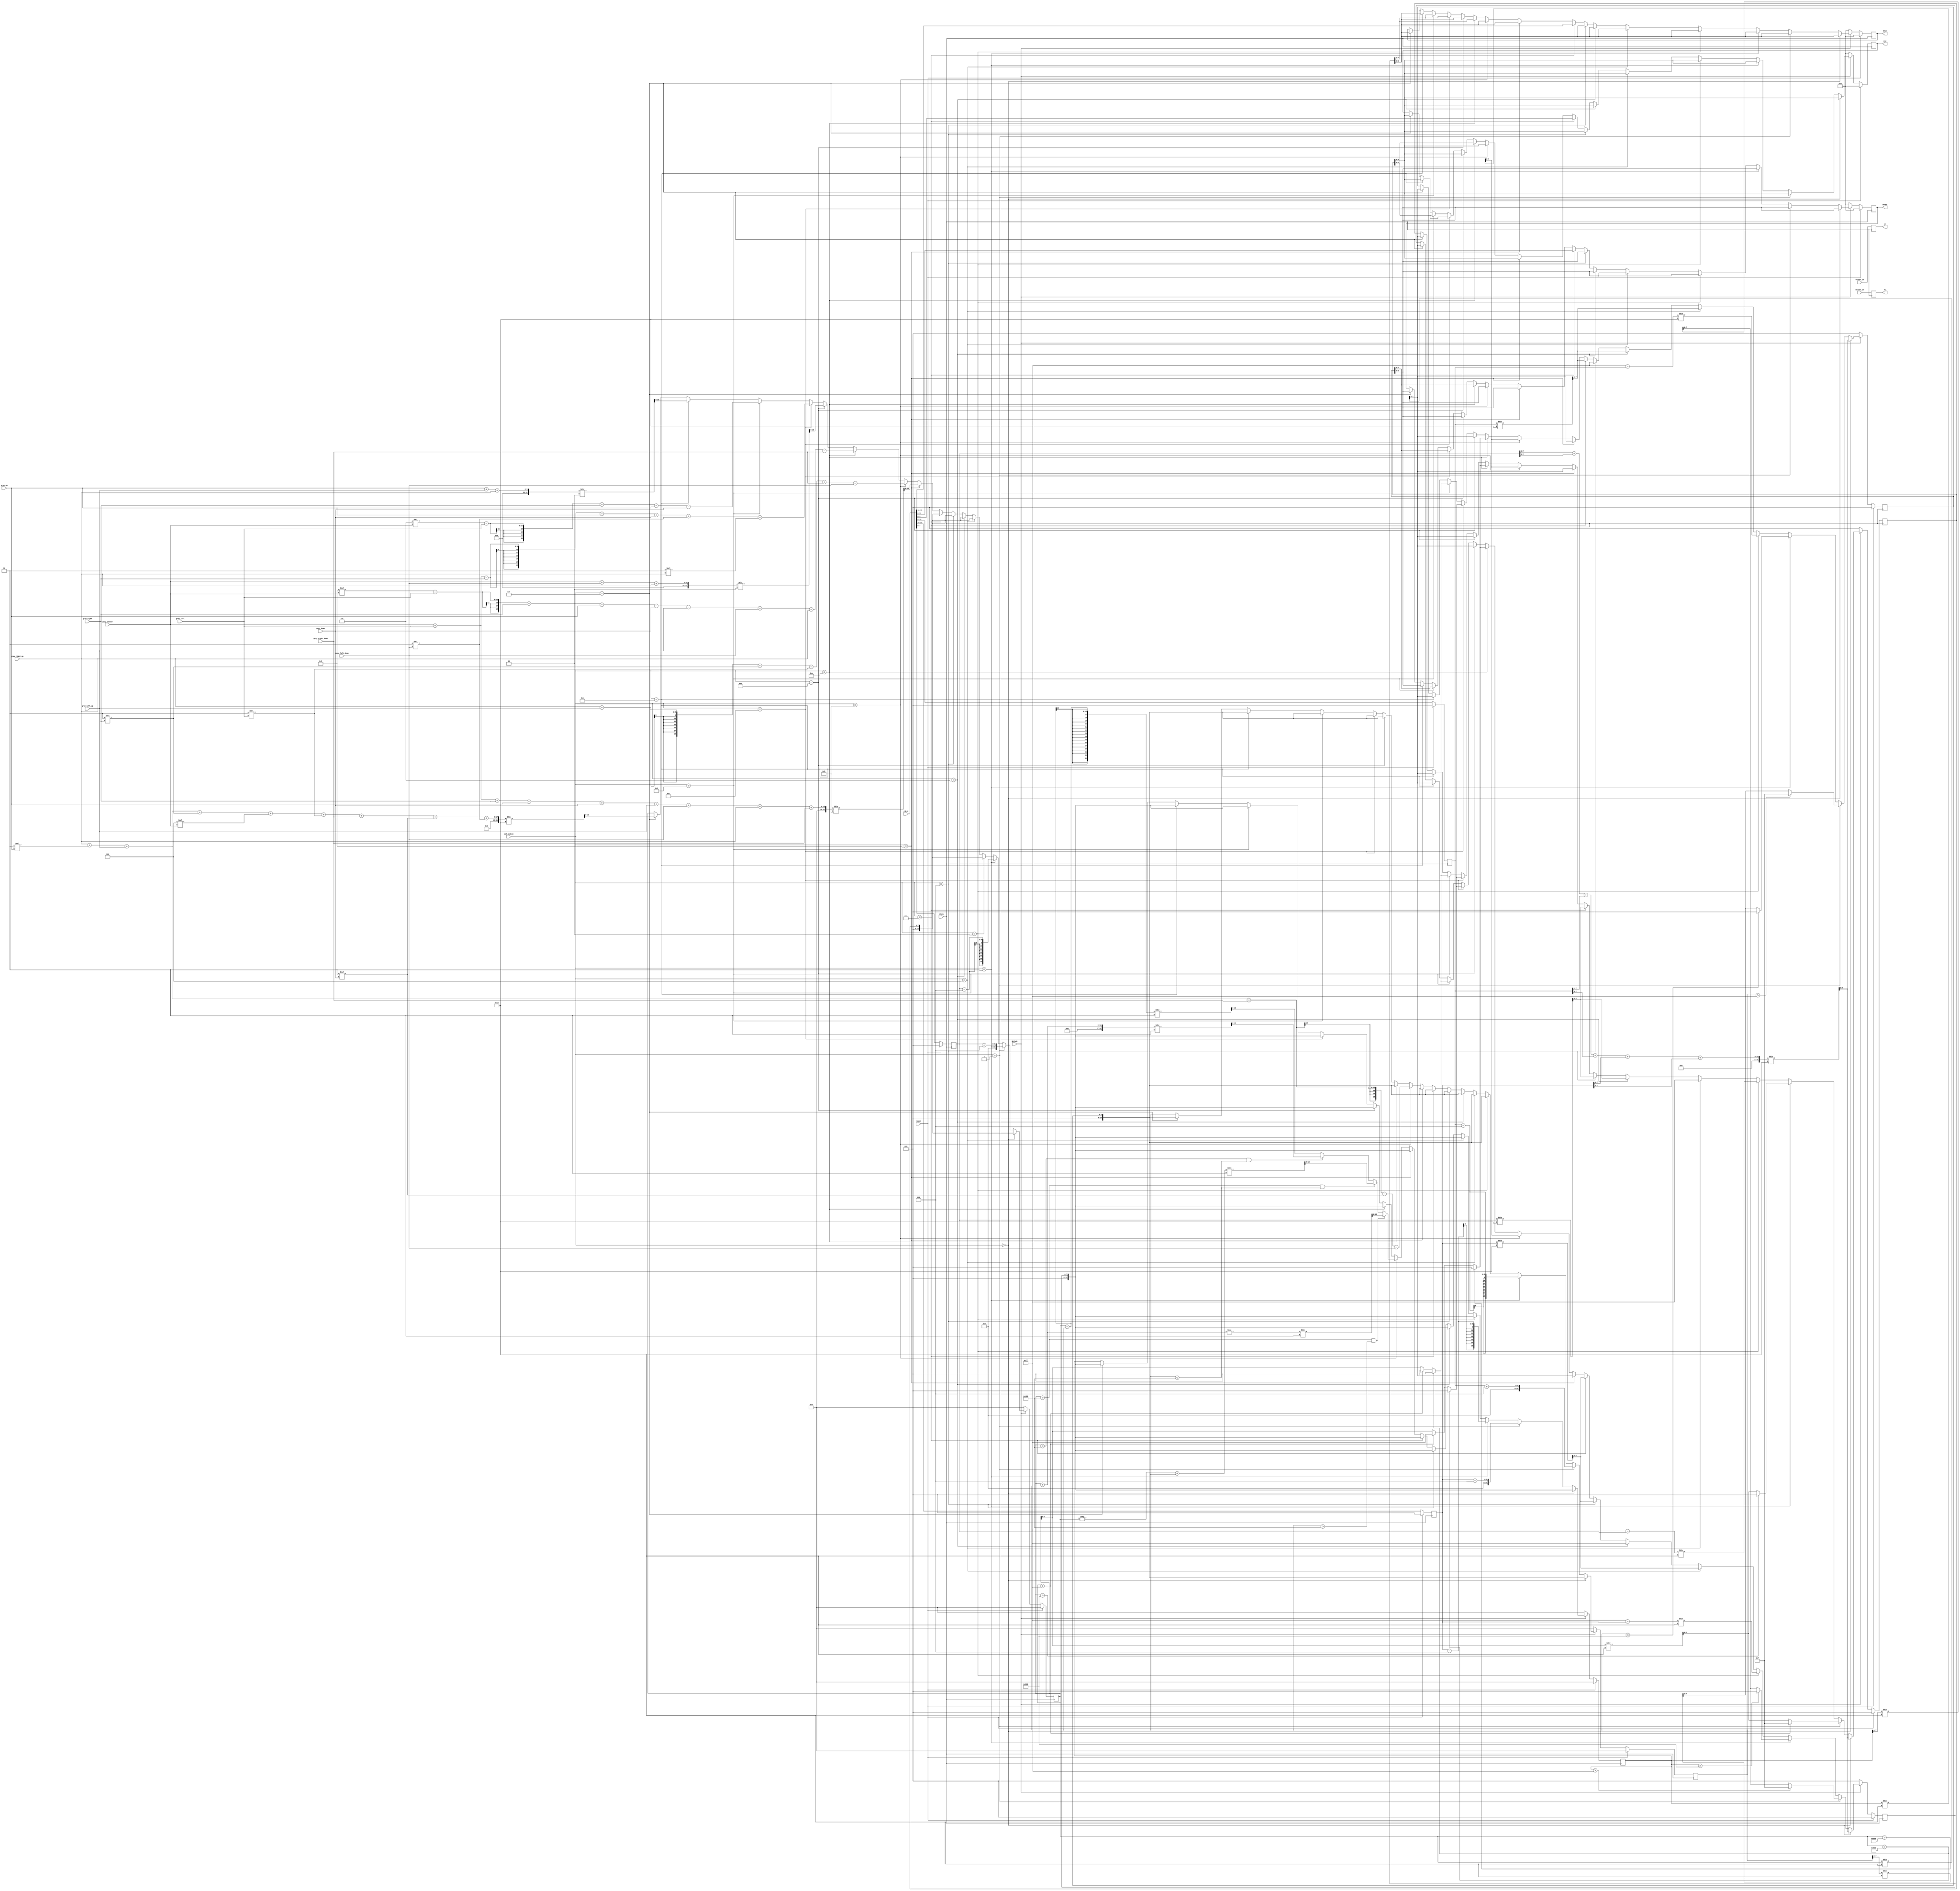
//////////////////////////////////////////////////////////////////////////////////
// Company: Akademia Grniczo-Hutnicza w Krakowie
// rdo moduu: https://github.com/Gowtham1729/Image-Processing
// Przerabiane do poprawnego dziaania(filtrowanie obrazu z kamery zamiast obrazu ze schowka)
// Oraz dodatkowo usprawniane i modyfikowane
// Project Name: Ardudido
// Tool Versions: Vivado 2017.3
//////////////////////////////////////////////////////////////////////////////////


`timescale 1ns / 1ps

module filtering(
input wire clock,
input wire reset,

input wire [3:0]sel_module,  
input wire [23:0] rgb_C,

input wire [7:0] gray_center,
input wire [7:0] gray_up, //rgb_N
input wire [7:0] gray_down,
input wire [7:0] gray_right,
input wire [7:0] gray_right_down,
input wire [7:0] gray_right_up,
input wire [7:0] gray_left,
input wire [7:0] gray_left_down,
input wire [7:0] gray_left_up,
input wire [10:0] Hcount_in,
input wire [10:0] Vcount_in,
output reg [3:0]red,
output reg[3:0] green,
output reg[3:0] blue, 
output reg[10:0] hc,
output reg[10:0] vc,
input wire Nblank
);
    
    // pixel position
    
    reg [7:0] gray_nxt, left_nxt, right_nxt, up_nxt, down_nxt, leftup_nxt, leftdown_nxt, rightup_nxt, rightdown_nxt;     //different values in matrix
    reg[7:0] red_o, blue_o, green_o,red_o_nxt,blue_o_nxt,green_o_nxt;            // variables used during calcultion
    reg [15:0] r, b, g;
    reg [15:0] r_nxt,g_nxt,b_nxt;                         // variables used during calcultion
    
 

    reg [7:0] val = 8'b00000110;            
  
   	reg [7:0] tred,tgreen,tblue,tred_nxt,tgreen_nxt,tblue_nxt;
   	reg [3:0] red_nxt,green_nxt,blue_nxt;
 
   always @(posedge clock) begin
      vc <= Vcount_in;
      hc <= Hcount_in;
end

always @(posedge clock)begin
    if(reset)begin
        red<=4'b0000;
        green<=4'b0000;
        blue<=4'b0000;
        tred <= 8'b0000_0000;
        tblue<= 8'b0000_0000;
        tgreen<= 8'b0000_0000;
        red_o <= 8'b0000_0000;
        green_o <= 8'b0000_0000;
        blue_o <= 8'b0000_0000;
        r<={16{1'b0}};
        g<={16{1'b0}};
        b<={16{1'b0}};
        
    
    
    end else begin
        //addra<=addra_nxt;
        red<=red_nxt;
        green<=green_nxt;
        blue<=blue_nxt;
        tred<=tred_nxt;
        tgreen<=tgreen_nxt;
        tblue<=tblue_nxt;
        red_o<=red_o_nxt;
        green_o<=green_o_nxt;
        blue_o<=blue_o_nxt;
        r<=r_nxt;
        g<=g_nxt;
        b<=b_nxt;
    end
end

always @*
	begin		
            
            if(Nblank == 1'b1)
            begin
                tblue_nxt= rgb_C[23:16];
                tgreen_nxt = rgb_C[15:8];
                tred_nxt = rgb_C[7:0];
                 
              

//                 RGB image to gray_center scale image
              if(sel_module == 4'b0000)begin
  
                        red_o_nxt = ((tred >> 2) + (tred >> 5) + (tgreen >> 1) + (tgreen >> 4)+ (tblue >> 4) + (tblue >> 5))/16;
                        green_o_nxt = ((tred >> 2) + (tred >> 5) + (tgreen >> 1) + (tgreen >> 4)+ (tblue >> 4) + (tblue >> 5))/16;
                        blue_o_nxt = ((tred >> 2) + (tred >> 5) + (tgreen >> 1) + (tgreen >> 4)+ (tblue >> 4) + (tblue >> 5))/16;
                        
                        red_nxt = {red_o[3],red_o[2], red_o[1], red_o[0]};
                        green_nxt = {green_o[3],green_o[2], green_o[1], green_o[0]};
                        blue_nxt = {blue_o[3],blue_o[2], blue_o[1], blue_o[0]}; 
                        r_nxt= red_o ;
                        g_nxt= green_o;
                        b_nxt= blue_o;                       
                    end
                
                    // Increase brightness
                     else if(sel_module == 4'b0001)begin
                    
                            r_nxt = tred + val;
                            g_nxt = tgreen + val;
                            b_nxt = tblue + val;
                            
                            if(r > 255)begin
                                red_o_nxt = 255/16;
                            end else begin
                                red_o_nxt = r[7:0]/16;
                            end
                            if(g > 255)begin
                                green_o_nxt = 255/16;
                            end else begin
                                green_o_nxt = g[7:0]/16;
                            end
                            if(b > 255)begin
                                blue_o_nxt = 255/16;
                            end else begin
                                blue_o_nxt = b[7:0]/16;
                            end
                            
                            red_nxt = {red_o[3],red_o[2], red_o[1], red_o[0]};
                            green_nxt = {green_o[3],green_o[2], green_o[1], green_o[0]};
                            blue_nxt = {blue_o[3],blue_o[2], blue_o[1], blue_o[0]};
                        end
                        
                        // Decrease brightness
                    else if(sel_module == 4'b0010) begin
                            r_nxt = tred - val;
                            g_nxt = tgreen - val;
                            b_nxt = tblue - val;
                            if(r > 256)begin
                                red_o_nxt = 0;
                            end else begin
                                red_o_nxt = r[7:0] / 16;
                            end
                            if(g > 256)begin
                                green_o_nxt = 0;
                            end else begin
                                green_o_nxt = g[7:0] / 16;
                            end
                            if(b > 256)begin
                                blue_o_nxt = 0;
                            end else begin
                                blue_o_nxt = b[7:0] / 16;
                            end
                            
                            red_nxt = {red_o[3],red_o[2], red_o[1], red_o[0]};
                            green_nxt = {green_o[3],green_o[2], green_o[1], green_o[0]};
                            blue_nxt = {blue_o[3],blue_o[2], blue_o[1], blue_o[0]};
                        end
                        
                        // colour inversion
                    else if(sel_module == 4'b0011)begin
                      
                            red_o_nxt = (8'd255 - tred)/8'd16;
                            green_o_nxt = (8'd255 - tgreen)/8'd16;
                            blue_o_nxt = (8'd255 - tblue)/8'd16;
                            
                            red_nxt = {red_o[3],red_o[2], red_o[1], red_o[0]};
                            green_nxt = {green_o[3],green_o[2], green_o[1], green_o[0]};
                            blue_nxt = {blue_o[3],blue_o[2], blue_o[1], blue_o[0]};
                            r_nxt = red_o ;
                            g_nxt = green_o;
                            b_nxt = blue_o;  
                            end
                                            
                        
                        // red filter
                 else if(sel_module == 4'b0100)begin         
                        blue_o_nxt = tblue/16;
                        green_o_nxt = tgreen/16;
                        red_o_nxt = 255;
                        
                        red_nxt = {red_o[3],red_o[2], red_o[1], red_o[0]};
                        green_nxt = {green_o[3],green_o[2], green_o[1], green_o[0]};
                        blue_nxt = {blue_o[3],blue_o[2], blue_o[1], blue_o[0]};
                        g_nxt= green_o;
                        b_nxt= blue_o;  
                        r_nxt = red_o;
                    end
                    
                    //blue filter
               else if(sel_module == 4'b0101) begin
                        red_o_nxt = tred/16;
                        green_o_nxt = tgreen/16;
                        blue_o_nxt = 255;
    
                        red_nxt = {red_o[3],red_o[2], red_o[1], red_o[0]};
                        green_nxt = {green_o[3],green_o[2], green_o[1], green_o[0]};
                        blue_nxt = {blue_o[3],blue_o[2], blue_o[1], blue_o[0]};
                        r_nxt= red_o ;
                        g_nxt= green_o;
                        b_nxt = blue_o;
                                            
                    end
                    
                    //green filter
                else if(sel_module == 4'b0110)begin
                   
                        red_o_nxt = tred/16;
                        blue_o_nxt = tblue/16;
                        green_o_nxt = 255;
                        red_nxt = red_o[3:0];
                        green_nxt = green_o[3:0];
                        blue_nxt = blue_o[3:0];
                        r_nxt= red_o ;
                        b_nxt= blue_o;  
                        g_nxt = green_o;
                    end
                   
                    
                    //original image
                else if(sel_module == 4'b0111)begin
                        red_o_nxt = tred/16;
                        blue_o_nxt = tblue/16;
                        green_o_nxt = tgreen/16;
                        red_nxt = rgb_C[3:0];
                        green_nxt = rgb_C[11:8];
                        blue_nxt = rgb_C[19:16];
                        r_nxt= red_o ;
                        g_nxt= green_o;
                        b_nxt= blue_o;
                    end
                    
///////////////////////////////////////////convultions//////////////////////////////////////////////////////                    
                
                
                //   average blurring    
                else if(sel_module == 4'b1000)begin
                    
                       r_nxt = (gray_center + gray_left + gray_right + gray_up +gray_down +gray_left_up +gray_left_down +gray_right_up +gray_right_down)/9;
                    
                       
                       red_o_nxt = r/16;
                       blue_o_nxt = r/16;
                       green_o_nxt = r/16;

                       red_nxt = red_o[3:0];
                       green_nxt = green_o[3:0];
                       blue_nxt = blue_o[3:0];                
                       g_nxt= green_o;
                       b_nxt= blue_o;
                   end
                   
                   //// sobel edge detection
                else if(sel_module == 4'b1001)begin
                  
                       r_nxt = ((gray_right_up)- gray_left_up + (2*gray_right) - (2*gray_left) + gray_right_down - gray_left_down);
                       g_nxt = ((gray_right_up) + (2*gray_up) + gray_left_up - gray_right_down - (2*gray_down) - gray_left_down);
                       
                       if(r > 1024 & g > 1024)begin
                           b_nxt = -(r + g)/2;
                       end else if(r > 1024 & g < 1024)begin
                           b_nxt = (-r  + g)/2;
                       end else if(r < 1024 & g < 1024)begin
                           b_nxt = (r + g)/2;
                       end else begin
                           b_nxt = (r - g)/2;
                       end
                       red_o_nxt = b/16;
                       blue_o_nxt = b/16;
                       green_o_nxt = b/16;
                      
                      red_nxt = red_o[3:0];
                      green_nxt = green_o[3:0];
                      blue_nxt = blue_o[3:0];
                       
                end
                
                
                
                    ////  edge detection
                else if(sel_module == 4'b1010)begin
                            r_nxt = ((8*gray_center) - gray_left - gray_right - gray_up - gray_down - gray_left_up - gray_left_down - gray_right_up - gray_right_down);
                            if(r > 2048)begin
                               red_o_nxt = 0;
                               blue_o_nxt = 0;
                               green_o_nxt = 0;
                            end else if(r > 255) begin
                                  red_o_nxt = 255;
                                  blue_o_nxt = 255;
                                  green_o_nxt = 255;
                            end else begin
                               red_o_nxt = r;
                               blue_o_nxt = r;
                               green_o_nxt = r;
                            end
                           red_nxt = red_o>>4;
                           green_nxt = green_o>>4;
                           blue_nxt = blue_o>>4;
                          
                           g_nxt= green_o;
                           b_nxt= blue_o;
                         end
                         
                    /////  motion blurring xy     
               else if(sel_module == 4'b1011)begin
                        r_nxt = (gray_center + gray_left_down + gray_right_up)/3;
                        
                        red_o_nxt = r/16;
                        blue_o_nxt = r/16;
                        green_o_nxt = r/16;
                       red_nxt = red_o[3:0];
                       green_nxt = green_o[3:0];
                       blue_nxt = blue_o[3:0];
                       g_nxt= green_o;
                       b_nxt= blue_o;
                     end            
                     
                    ////   emboss ///////
                 else if(sel_module == 4'b1100)begin            
                   r_nxt = (gray_center + gray_left - gray_right - gray_up + gray_down + (2*gray_left_down) -(2*gray_right_up));
                       if(r > 1280)begin
                           red_o_nxt = 0;
                           blue_o_nxt = 0;
                           green_o_nxt = 0;
                       end else if(r > 255) begin
                           red_o_nxt = 255;
                           blue_o_nxt = 255;
                           green_o_nxt = 255;
                       end else begin
                           red_o_nxt = r;
                           blue_o_nxt = r;
                           green_o_nxt = r;
                       end
                       
                       g_nxt= green_o;
                       b_nxt= blue_o;
                      red_nxt = red_o>>4;
                      green_nxt = green_o>>4;
                      blue_nxt = blue_o>>4;
               end
               
                   ///// sharpen /////////
               else if(sel_module == 4'b1101)begin          
                      r_nxt = ((5*gray_center) - gray_left - gray_right - gray_up - gray_down);
                          if(r > 1280)begin
                              red_o_nxt = 0;
                              blue_o_nxt = 0;
                              green_o_nxt = 0;
                          end else if(r > 255) begin
                              red_o_nxt = 256;
                              blue_o_nxt = 256;
                              green_o_nxt = 256;
                          end else begin
                              red_o_nxt = r;
                              blue_o_nxt = r;
                              green_o_nxt = r;
                          end
                          
                          
                         red_nxt = red_o>>4;
                         green_nxt = green_o>>4;
                         blue_nxt = blue_o>>4;
                         g_nxt= green_o;
                         b_nxt= blue_o;
                  end
                  
                  ///////  motion blur x
                else if(sel_module == 4'b1110)begin
                       r_nxt = (gray_up + gray_left_up + gray_right_up)/3;
                       
                       red_o_nxt = r/16;
                       blue_o_nxt = r/16;
                       green_o_nxt = r/16;
                 
                      red_nxt = red_o[3:0];
                      green_nxt = green_o[3:0];
                      blue_nxt = blue_o[3:0];
                      
                      g_nxt= green_o;
                      b_nxt= blue_o;
                    end 
                    
                    
              else if(sel_module == 4'b1111)begin
                          r_nxt = (gray_right_up  + (2*gray_up) + gray_left_up + (2*gray_right) + (4*gray_center) + (2*gray_left) + gray_right_down + (2*gray_down) + (2*gray_left_down))/16;
                          
                          red_o_nxt = r/16;
                          blue_o_nxt = r/16;
                          green_o_nxt = r/16;
                       
                         red_nxt = red_o[3:0];
                         green_nxt = green_o[3:0];
                         blue_nxt = blue_o[3:0];
                        
                         g_nxt= green_o;
                         b_nxt= blue_o;
                  end 
                  
             else begin
                red_nxt = red;
               green_nxt = green;
               blue_nxt = blue;
               r_nxt= r ;
               g_nxt= g;
               b_nxt= b; 
               red_o_nxt = red_o;
               blue_o_nxt = blue_o;
               green_o_nxt = green_o;  
               tblue_nxt= rgb_C[23:16];
               tgreen_nxt = rgb_C[15:8];
               tred_nxt = rgb_C[7:0];
             end         
          
        end    
            else
                  begin
                  
                      red_nxt = 0;
                      green_nxt = 0;
                      blue_nxt = 0;
                      r_nxt= 0 ;
                      g_nxt= 0;
                      b_nxt= 0; 
                      red_o_nxt = 0;
                      blue_o_nxt = 0;
                      green_o_nxt = 0;  
                      tblue_nxt= rgb_C[23:16];
                      tgreen_nxt = rgb_C[15:8];
                      tred_nxt = rgb_C[7:0];                  
   
   end           
 end  
    endmodule